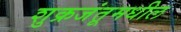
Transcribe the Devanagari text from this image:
शुक्रजंतूमधील